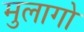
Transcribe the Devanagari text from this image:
मुलागो